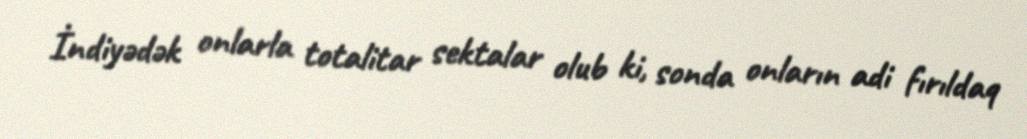
İndiyədək onlarla totalitar sektalar olub ki, sonda onların adi fırıldaq